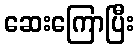
ဆေးကြောပြီး